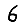
Digit: 6